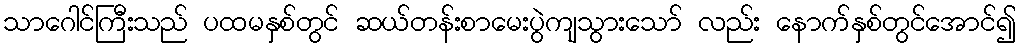
သာဂေါင်ကြီးသည် ပထမနှစ်တွင် ဆယ်တန်းစာမေးပွဲကျသွားသော် လည်း နောက်နှစ်တွင်အောင်၍